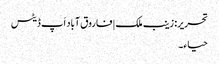
تحریر: زینب ملک | فاروق آباد اَپ ڈیٹس
حیا ء۔